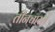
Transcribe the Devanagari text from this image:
तीनचारशें